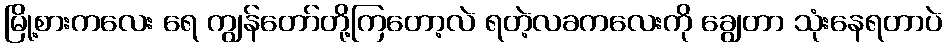
မြို့စားကလေး ရေ ကျွန်တော်တို့ကြတော့လဲ ရတဲ့လခကလေးကို ချွေတာ သုံးနေရတာပဲ